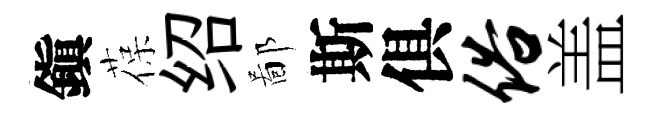
鎭葆绍鄙斯俱俗盖